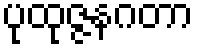
ပုထုဇ္ဇနဂတာ